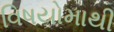
વિષયોમાથી